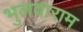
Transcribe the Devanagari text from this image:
भुलवाराम